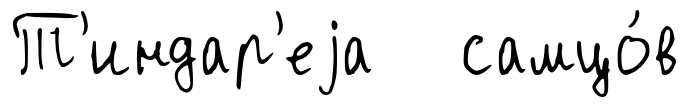
Т'индар'еjа самцо́в